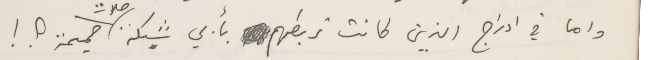
واما في ادراج الذين كانت تربطهم بأبي شبكة صلات حميمة ؟ ! .